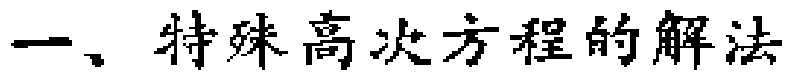
一、特殊高次方程的解法